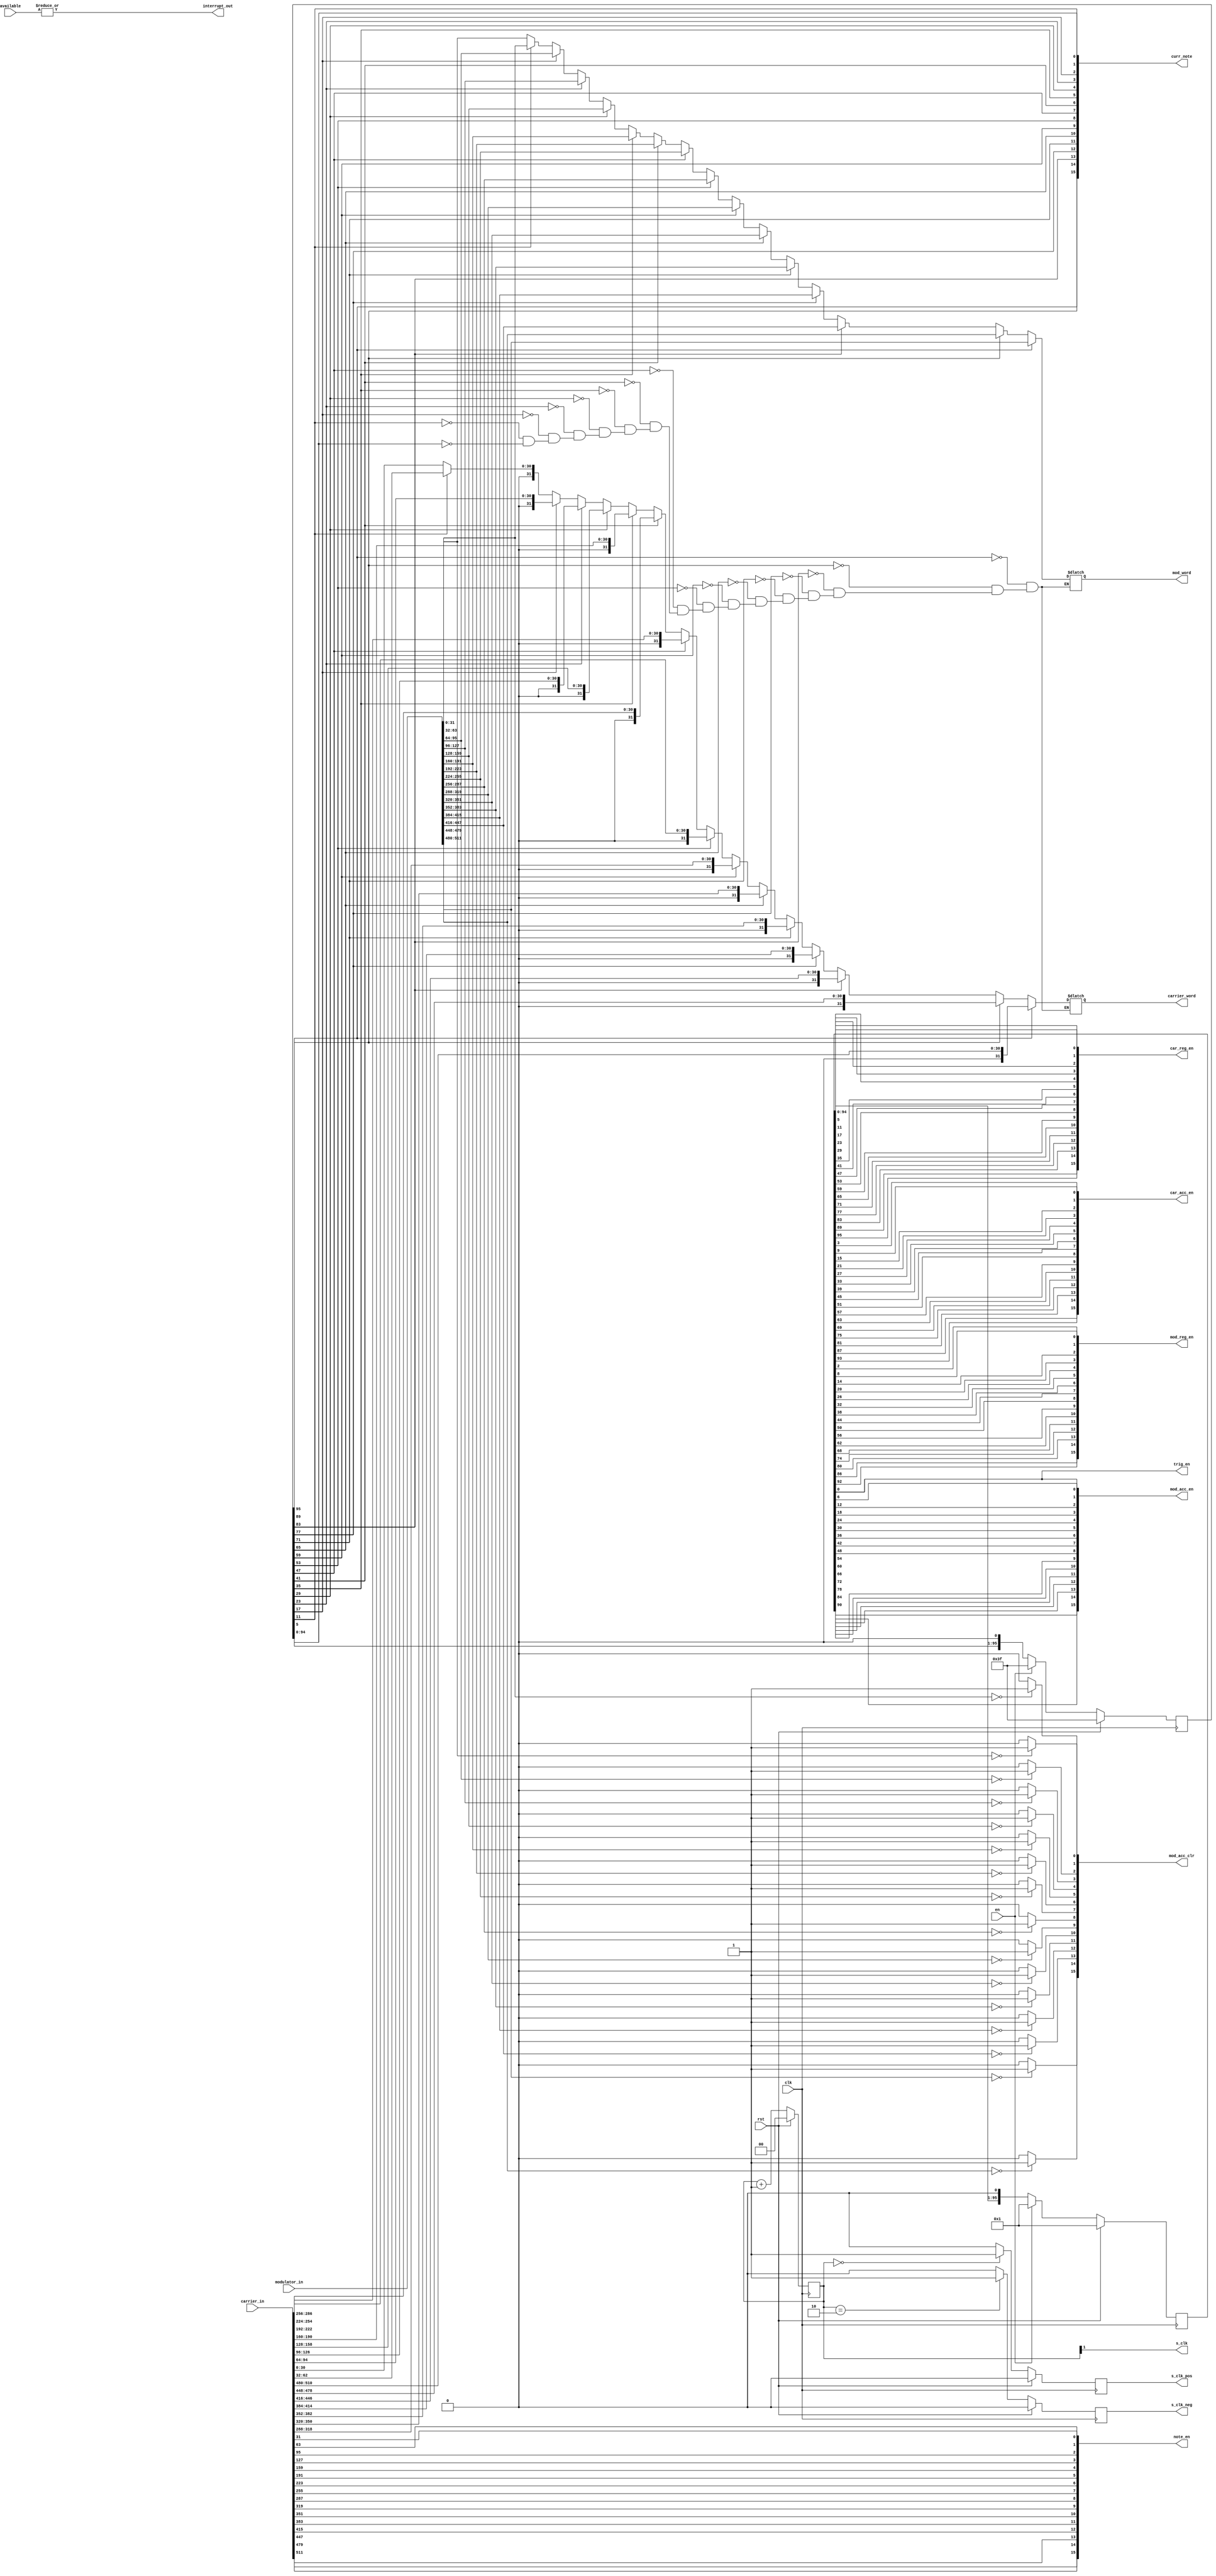
`timescale 1ns / 1ps
`define TOTAL_BITS (NUM_BITS*NUM_CHANNELS)
`define STEP (6)

//////////////////////////////////////////////////////////////////////////////////
// Design Name: FM SYNTHESIZER
//
// Description: 
//////////////////////////////////////////////////////////////////////////////////

module control_unit #(
    parameter   NUM_BITS        = 32,
    parameter   NUM_CHANNELS    = 16,
    parameter   LATENCY         = 3
    )(
    input   wire                        clk,
    input   wire                        rst,
    input   wire                        en,
    input   wire    [`TOTAL_BITS-1:0]   carrier_in,
    input   wire    [`TOTAL_BITS-1:0]   modulator_in,
    input   wire    [NUM_CHANNELS-1:0]  available,
    output  wire    [NUM_CHANNELS-1:0]  note_en,
    output  wire    [NUM_CHANNELS-1:0]  car_reg_en,
    output  wire    [NUM_CHANNELS-1:0]  car_acc_en,
    output  wire    [NUM_CHANNELS-1:0]  mod_reg_en,
    output  wire    [NUM_CHANNELS-1:0]  mod_acc_en,
    output  wire    [NUM_CHANNELS-1:0]  mod_acc_clr,
    output  wire    [NUM_CHANNELS-1:0]  curr_note,
    output  reg     [NUM_BITS-1:0]      carrier_word,
    output  reg     [NUM_BITS-1:0]      mod_word,
    output  wire                        interrupt_out,
    output  wire                        s_clk,
    output  reg                         s_clk_pos,
    output  reg                         s_clk_neg,
    output  wire                        trig_en
    );

    wire    [NUM_BITS-1:0]          carriers    [0:NUM_CHANNELS-1];
    wire    [NUM_BITS-1:0]          modulators  [0:NUM_CHANNELS-1];
    reg     [6*NUM_CHANNELS-1:0]    count_0;
    reg     [6*NUM_CHANNELS-1:0]    count_1;
    reg     [1:0]                   s_cnt;
    genvar                          i;
    integer                         j;

    assign interrupt_out    = |available;
    assign s_clk            = s_cnt[1];
    assign trig_en          = count_0[0];

    generate
        for (i=0; i<NUM_CHANNELS; i=i+1) begin
            assign mod_acc_clr[i]   = modulators[i] == 0 ? 1 : 0;

            assign note_en[i]       = carrier_in[NUM_BITS*(i+1)-1];
            assign carriers[i]      = {1'b0,carrier_in[NUM_BITS*(i+1)-2:NUM_BITS*i]};
            assign modulators[i]    = modulator_in[NUM_BITS*(i+1)-1:NUM_BITS*i];

            assign curr_note[i]     = count_1[`STEP*(i+1)-1];

            assign mod_acc_en[i]    = count_0[`STEP*i];
            assign mod_reg_en[i]    = count_0[`STEP*i+(LATENCY-1)];

            assign car_acc_en[i]    = count_0[`STEP*i+LATENCY];
            assign car_reg_en[i]    = count_0[`STEP*(i+1)-1];
        end
    endgenerate

    always @(posedge clk) begin
        if (rst) begin
            s_clk_pos   <= 0;
            s_clk_neg   <= 0;
            s_cnt       <= 0;
        end

        else begin
            s_clk_pos   <= 0;
            s_clk_neg   <= 0;
            s_cnt       <= s_cnt+1;

            if (s_cnt == 2'b00) begin
                s_clk_pos   <= 1;
            end

            if (s_cnt == 2'b10) begin
                s_clk_neg   <= 1;
            end

        end
    end

    always @(*) begin
        for (j=0; j<NUM_CHANNELS; j=j+1) begin
            if (curr_note[j]) begin
                carrier_word    = carriers[j];
                mod_word        = modulators[j];
            end
        end
    end

    always@(posedge clk) begin
        if (rst) begin
            count_0         <= 1;
            count_1         <= 63;
        end

        else begin
            if (en) begin
                count_0 <= 1;
                count_1 <= 63;
            end

            else begin
                count_0 <= count_0 << 1;
                count_1 <= count_1 << 1;
            end
        end
    end

endmodule